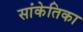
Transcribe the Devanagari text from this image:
सांकेतिका